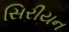
સિરીયન